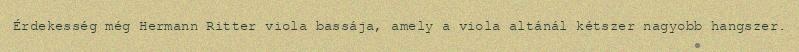
Érdekesség még Hermann Ritter viola bassája, amely a viola altánál kétszer nagyobb hangszer.